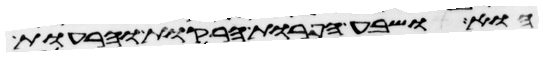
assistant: הוא ושבע הפרות הרקות והרעות